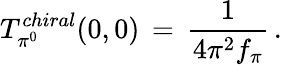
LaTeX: T_{\pi^{0}}^{chiral}(0,0)\, =\, \frac{1}{4\pi^{2}f_{\pi}}\, .